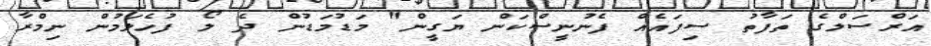
އަރްސަލްގެ ތަފާތު ސިފައެއް ފެނުނީސްކަން ޔަގީން" މަޑުމަޑުން ދެ ލޯ ފުހެލަމުން ނިމްރާ